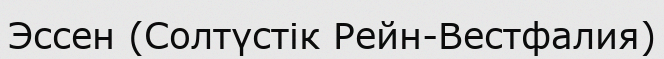
Эссен (Солтүстік Рейн-Вестфалия)